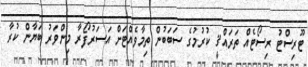
ޓޫރިސްޓު ރިސޯޓެއް ތަރައްޤީ ކުރުމުގެ ސަބަބުން ތިމާވެއްޓަށް އަސަރުފޯރާ މިންވަރު ބަޔާން ކުރާ